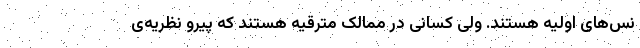
نس‌های اولیه هستند. ولی کسانی در ممالک مترقیه هستند که پیرو نظریه‌ی